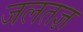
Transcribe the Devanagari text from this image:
जलतज्ञ